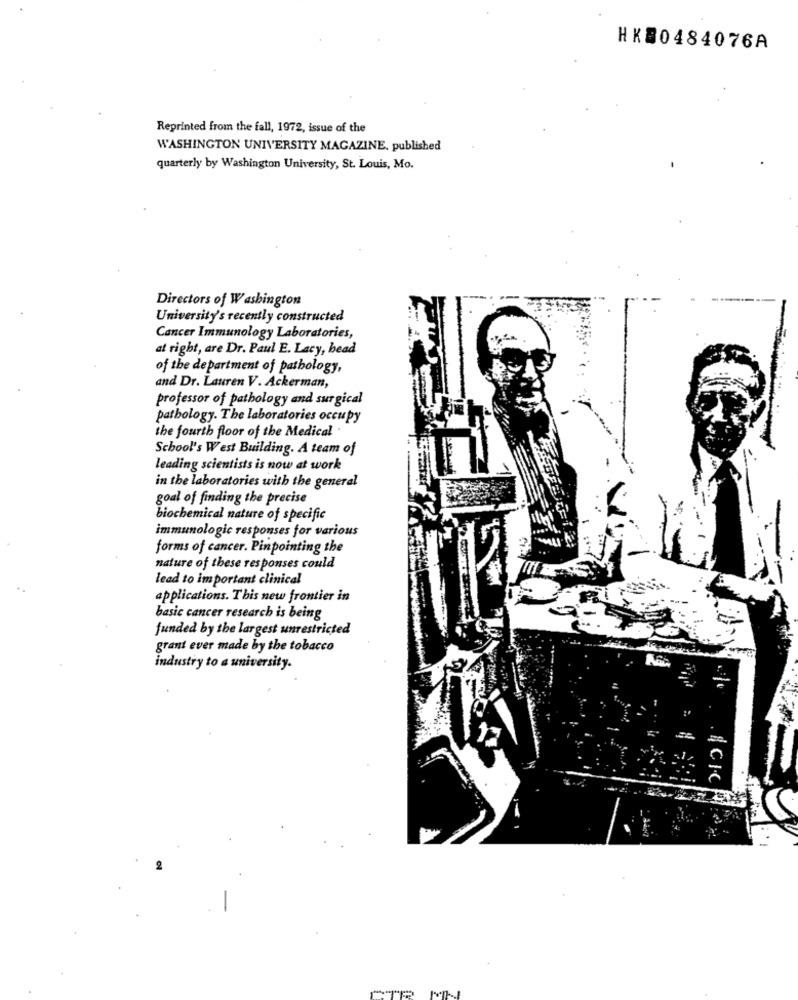
HKS0484076A
Reprinted from the fall, 1972, issue of the
WASHINGTON UNIVERSITY MAGAZINE, published
quarterly by Washington University, St. Louis, Mo.
Directors of Washington
University's recently constructed
Cancer Immunology Laboratories,
at right, are Dr. Paul E. Lacy, bead
of the department of pathology,
and Dr. Lauren V. Ackerman,
professor of pathology and surgical
pathology. The laboratories occupy
the fourth floor of the Medical .
School's West Building. A team of
leading scientists is now at work
in the laboratories with the general
goal of finding the precise
biochemical nature of specific
immunologic responses for various
forms of cancer. Pinpointing the
nature of these responses could
lead to important clinical
applications. This new frontier in
basic cancer research is being
funded by the largest unrestricted
grant ever made by the tobacco
industry to a university.
CIC